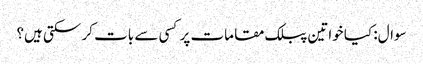
سوال: کیا خواتین پبلک مقامات پر کسی سے بات کر سکتی ہیں؟